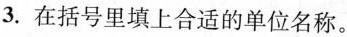
3. 在括号里填上合适的单位名称。